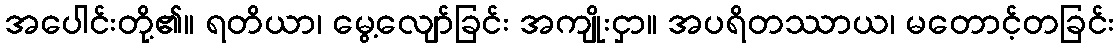
အပေါင်းတို့၏။ ရတိယာ၊ မွေ့လျော်ခြင်း အကျိုးငှာ။ အပရိတဿာယ၊ မတောင့်တခြင်း